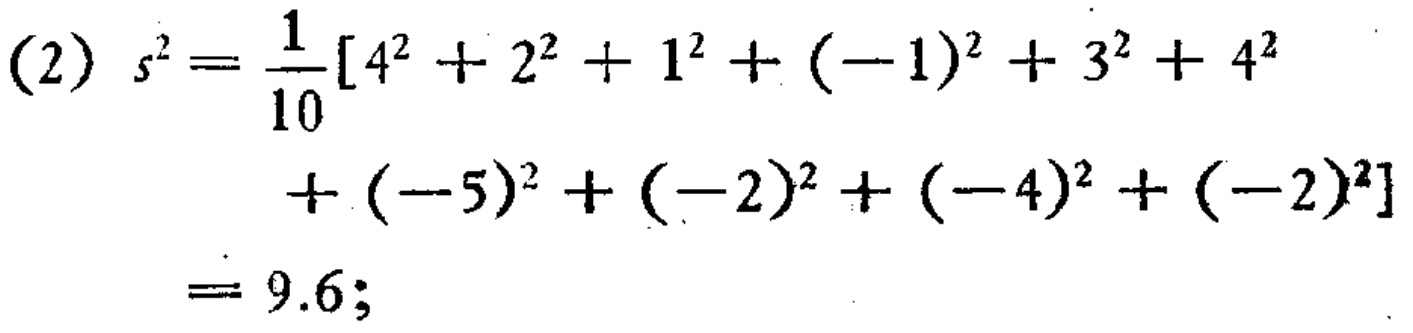
(2) \(s^{2}=\frac{1}{10}[4^{2}+2^{2}+1^{2}+(-1)^{2}+3^{2}+4^{2}\\+(-5)^{2}+(-2)^{2}+(-4)^{2}+(-2)^{2}]\\=9.6;\)